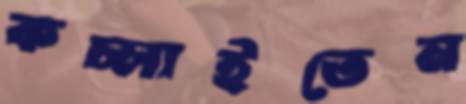
কচ্‌লাইতেন